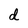
Character: d